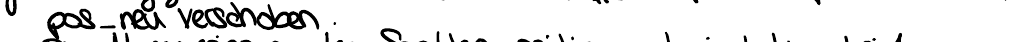
pos_neu verschoben.